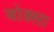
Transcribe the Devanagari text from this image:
बोक्सा